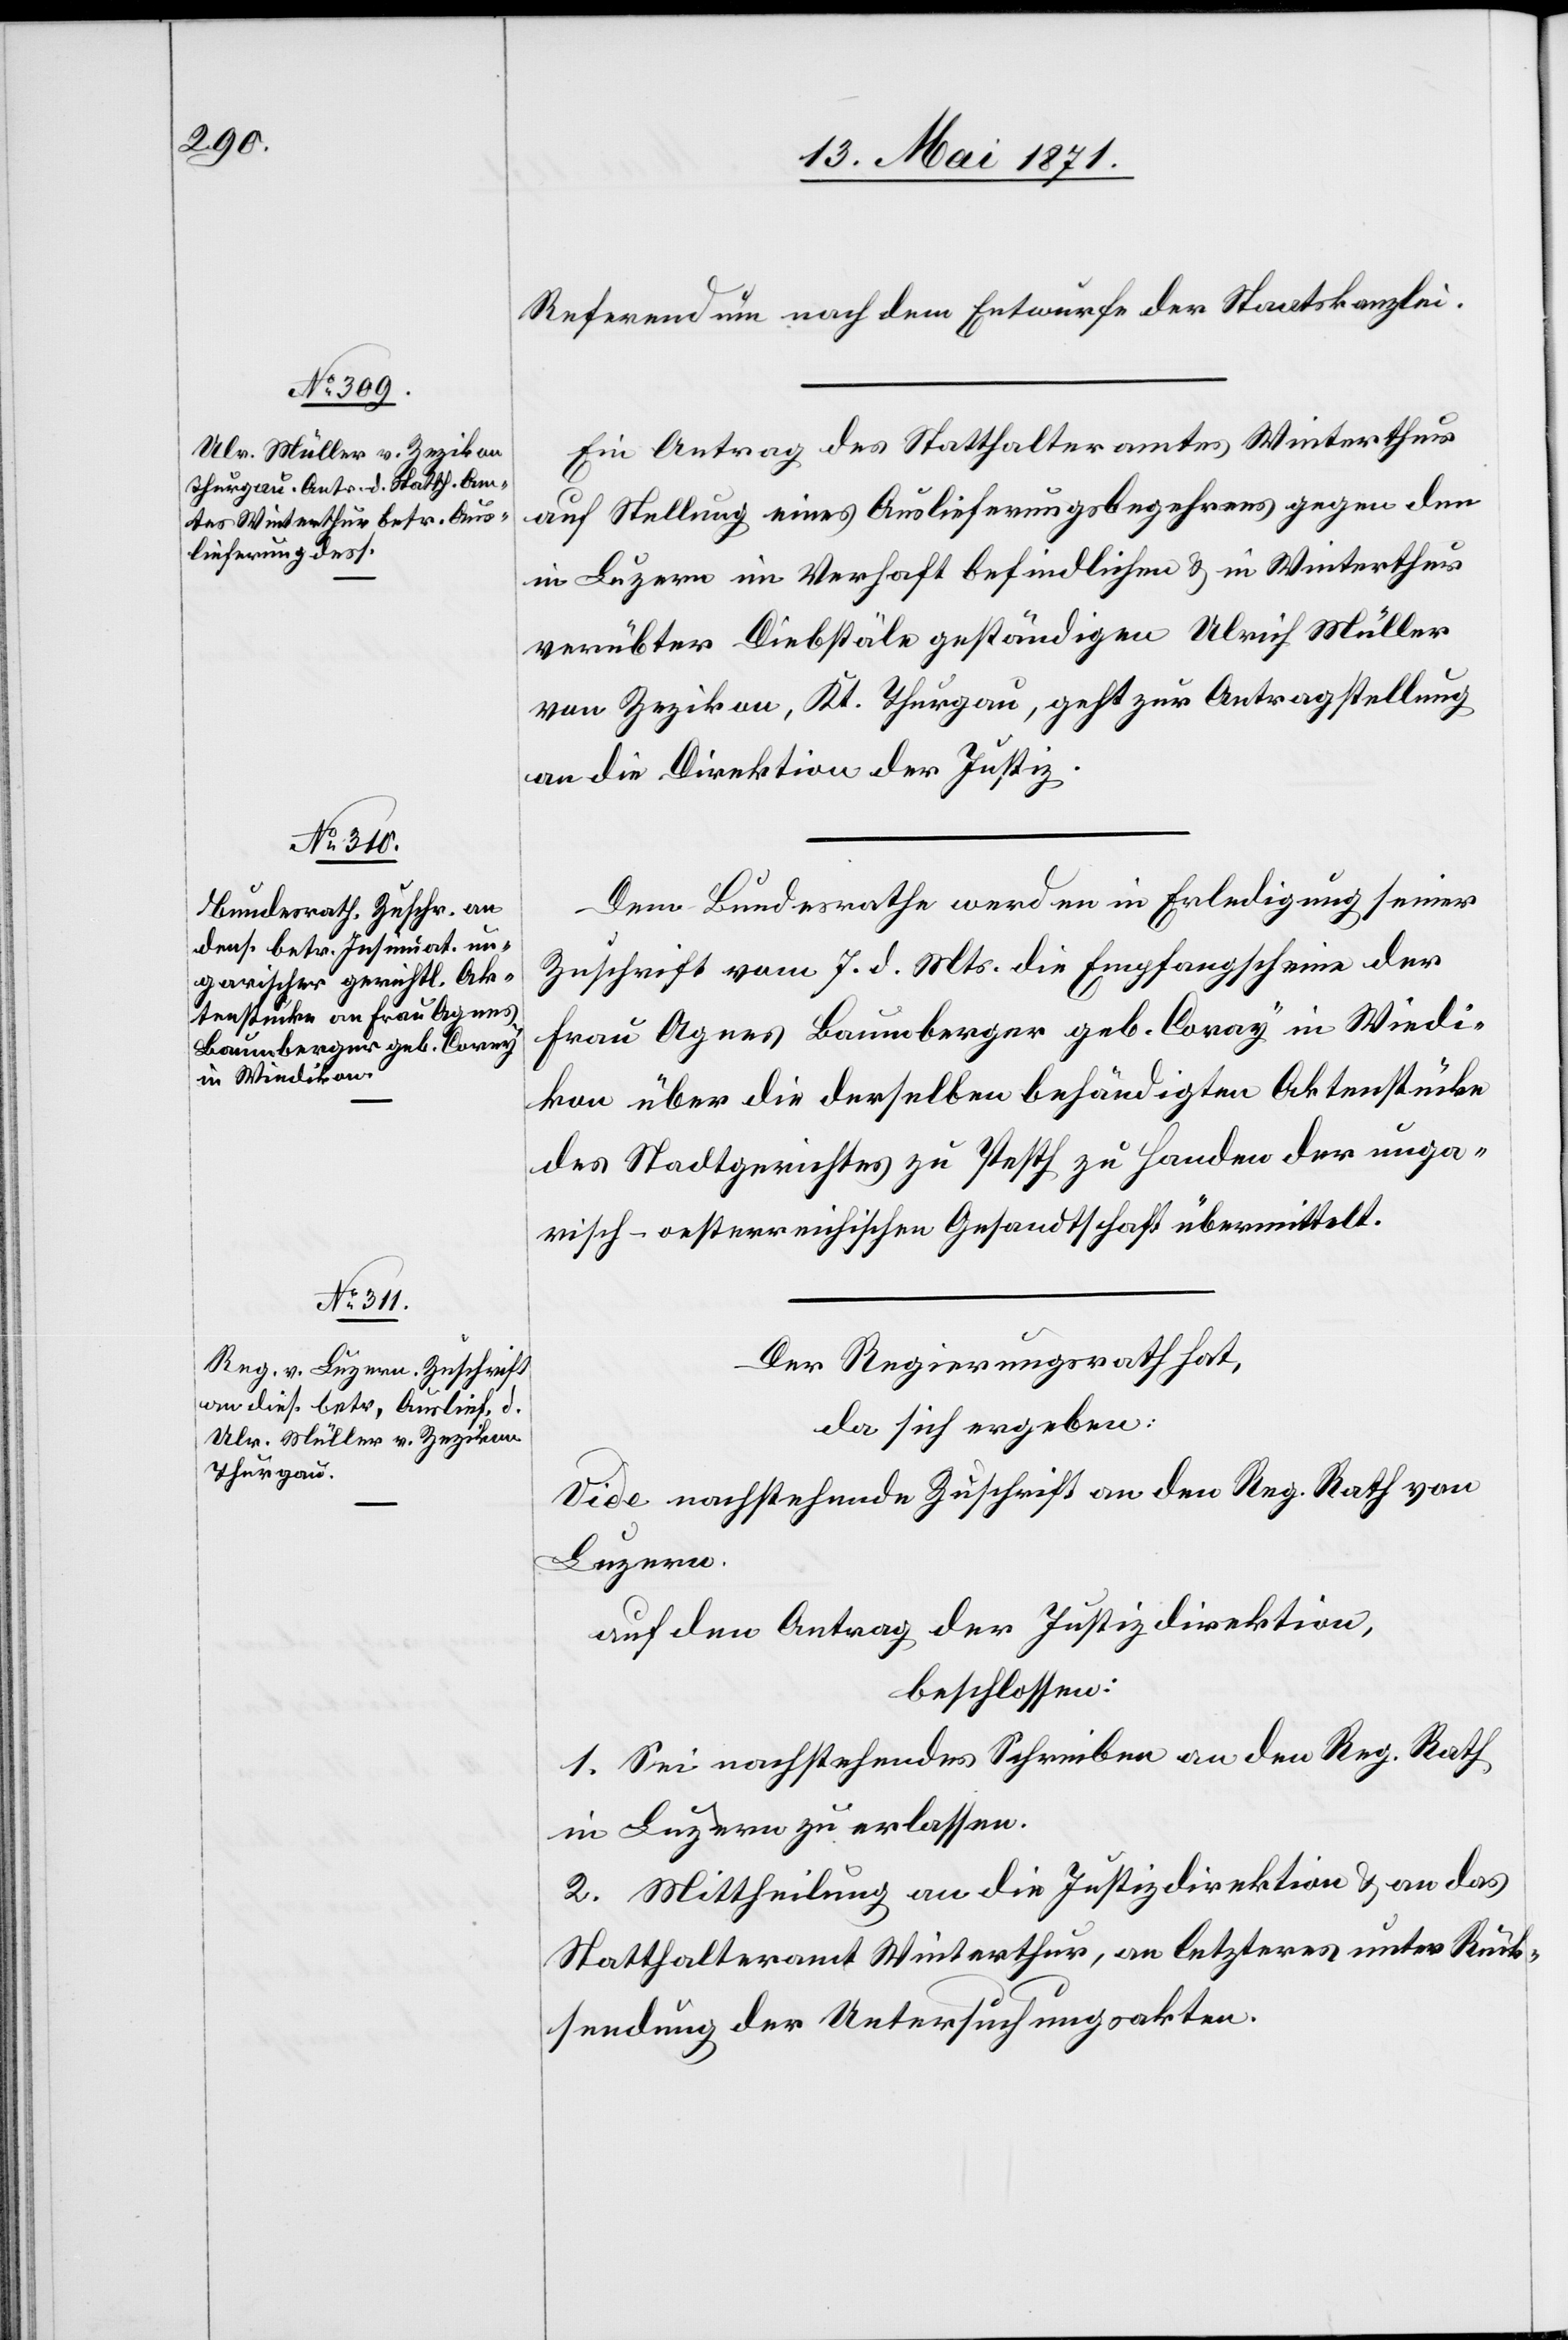
15. Mai 1871.]
Referendum nach dem Entwurfe der Staatskanzlei.
Ein Antrag des Statthalteramtes Winterthur
auf Stellung eines Auslieferungsbegehrens gegen den
in Luzern im Verhaft befindlichen u. in Winterthur
verübter Diebstäle geständigen Ulrich Müller
von Zezikon, Kt. Thurgau, geht zur Antragstellung
an die Direktion der Justiz.
Dem Bundesrathe werden in Erledigung seiner
Zuschrift vom 7. d. Mts. die Empfangscheine der
Frau Agnes Baumberger geb. Coray in Wiedi¬
kon über die derselben behändigten Aktenstücke
des Stadtgerichtes zu Pesth zu Handen der unga¬
risch-oesterreichischen Gesandtschaft übermittelt.
Der Regierungsrath hat,
da sich ergeben:
Vide nachstehende Zuschrift an den Reg. Rath. von
Luzern.
auf den Antrag der Justizdirektion,
beschlossen:
1. Sei nachstehendes Schreiben an den Reg. Rath
in Luzern zu erlassen.
2. Mittheilung an die Justizdirektion u. an das
Statthalteramt Winterthur, an letzteres unter Rück¬
sendung der Untersuchungsakten.